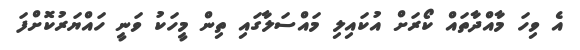
އެ ވިހަ މާއްދާތައް ކޯރަށް އުކައިލި މައްސަލާގައި ތިން މީހަކު ވަނީ ހައްޔަރުކޮށްފަ